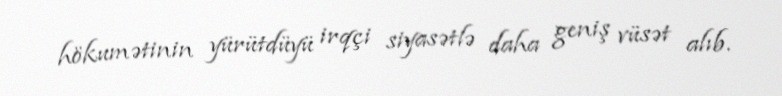
hökumətinin yürütdüyü irqçi siyasətlə daha geniş vüsət alıb.